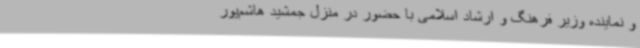
و نماینده وزیر فرهنگ و ارشاد اسلامی با حضور در منزل جمشید هاشم‌پور